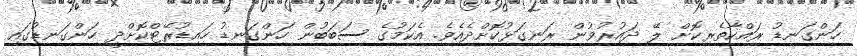
ހަންގަނޑު ރައްކާތެރިކޮށް ލޭ ދައުރުވުން ރަނގަޅުކޮށްދެއެވެ. އެކަމުގެ ސަބަބުން ހަންގަނޑު ހައިޑުރޭޓްކޮށްދީ ހަންގަނޑުގައި